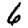
Digit: 6